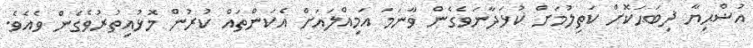
އުޟްޙިޔާ ޛިބަޙަކޮށް ކަތިލުމަށް ކުޅަދާނަވެގެން ވާނަމަ އަމިއްލައަށް އެކަންތައް ކުރުން މޮޅުއިތުރުވެގެން ވެއެވެ.